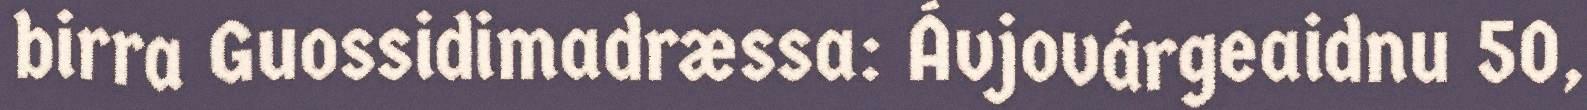
birra Guossidimadræssa: Ávjovárgeaidnu 50,